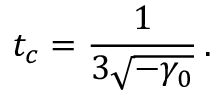
t _ { c } = \frac { 1 } { 3 \sqrt { - \gamma _ { 0 } } } \, .